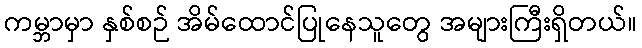
ကမ္ဘာမှာ နှစ်စဉ် အိမ်ထောင်ပြုနေသူတွေ အများကြီးရှိတယ်။